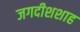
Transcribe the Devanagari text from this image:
जगदीशशाह